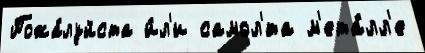
Пожа́луйста и́л'и самол'́та м'ета́лл'е